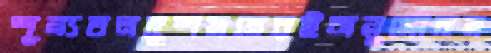
শূন্যতলদুশমনেরইঅনুমোদন